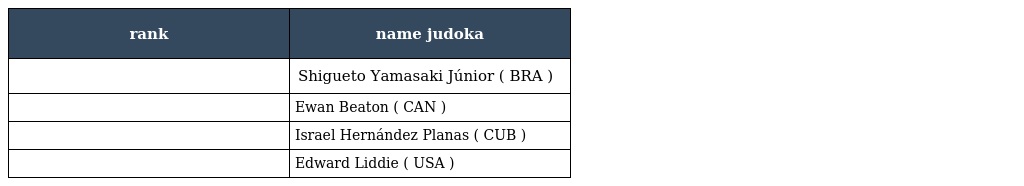
| rank | name judoka |
 | --- | --- |
 |  | Shigueto Yamasaki Júnior ( BRA ) |
 |  | Ewan Beaton ( CAN ) |
 |  | Israel Hernández Planas ( CUB ) |
 |  | Edward Liddie ( USA ) |